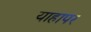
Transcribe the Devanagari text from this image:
याहापर